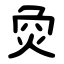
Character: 烉